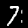
Label: 7